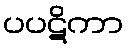
ပပဋိကာ